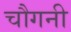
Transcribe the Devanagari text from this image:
चौगनी